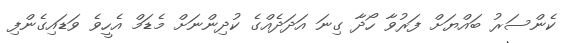
ކެންސަރު ބައްޔަށް ފަރުވާ ހޯދާ ގިނަ އަދަދެއްގެ ކުދިންނަށް މެޑަމް އެހީވެ ވަޑައިގެންފި